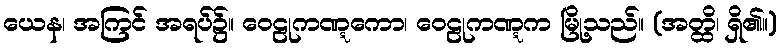
ယေန၊ အကြင် အရပ်၌။ ဝေဠုကဏ္ဋကော၊ ဝေဠုကဏ္ဋက မြို့သည်။ (အတ္ထိ၊ ရှိ၏။)